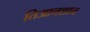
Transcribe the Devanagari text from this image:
तिआनशान